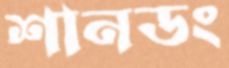
শানডং